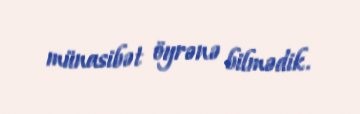
münasibət öyrənə bilmədik.